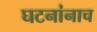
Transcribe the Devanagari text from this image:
घटनांनाच